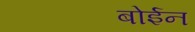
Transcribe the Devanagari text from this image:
बोईन